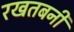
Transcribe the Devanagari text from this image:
रखतबनी